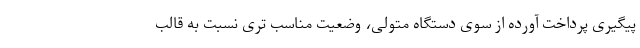
پیگیری پرداخت آورده از سوی دستگاه متولی، وضعیت مناسب تری نسبت به قالب